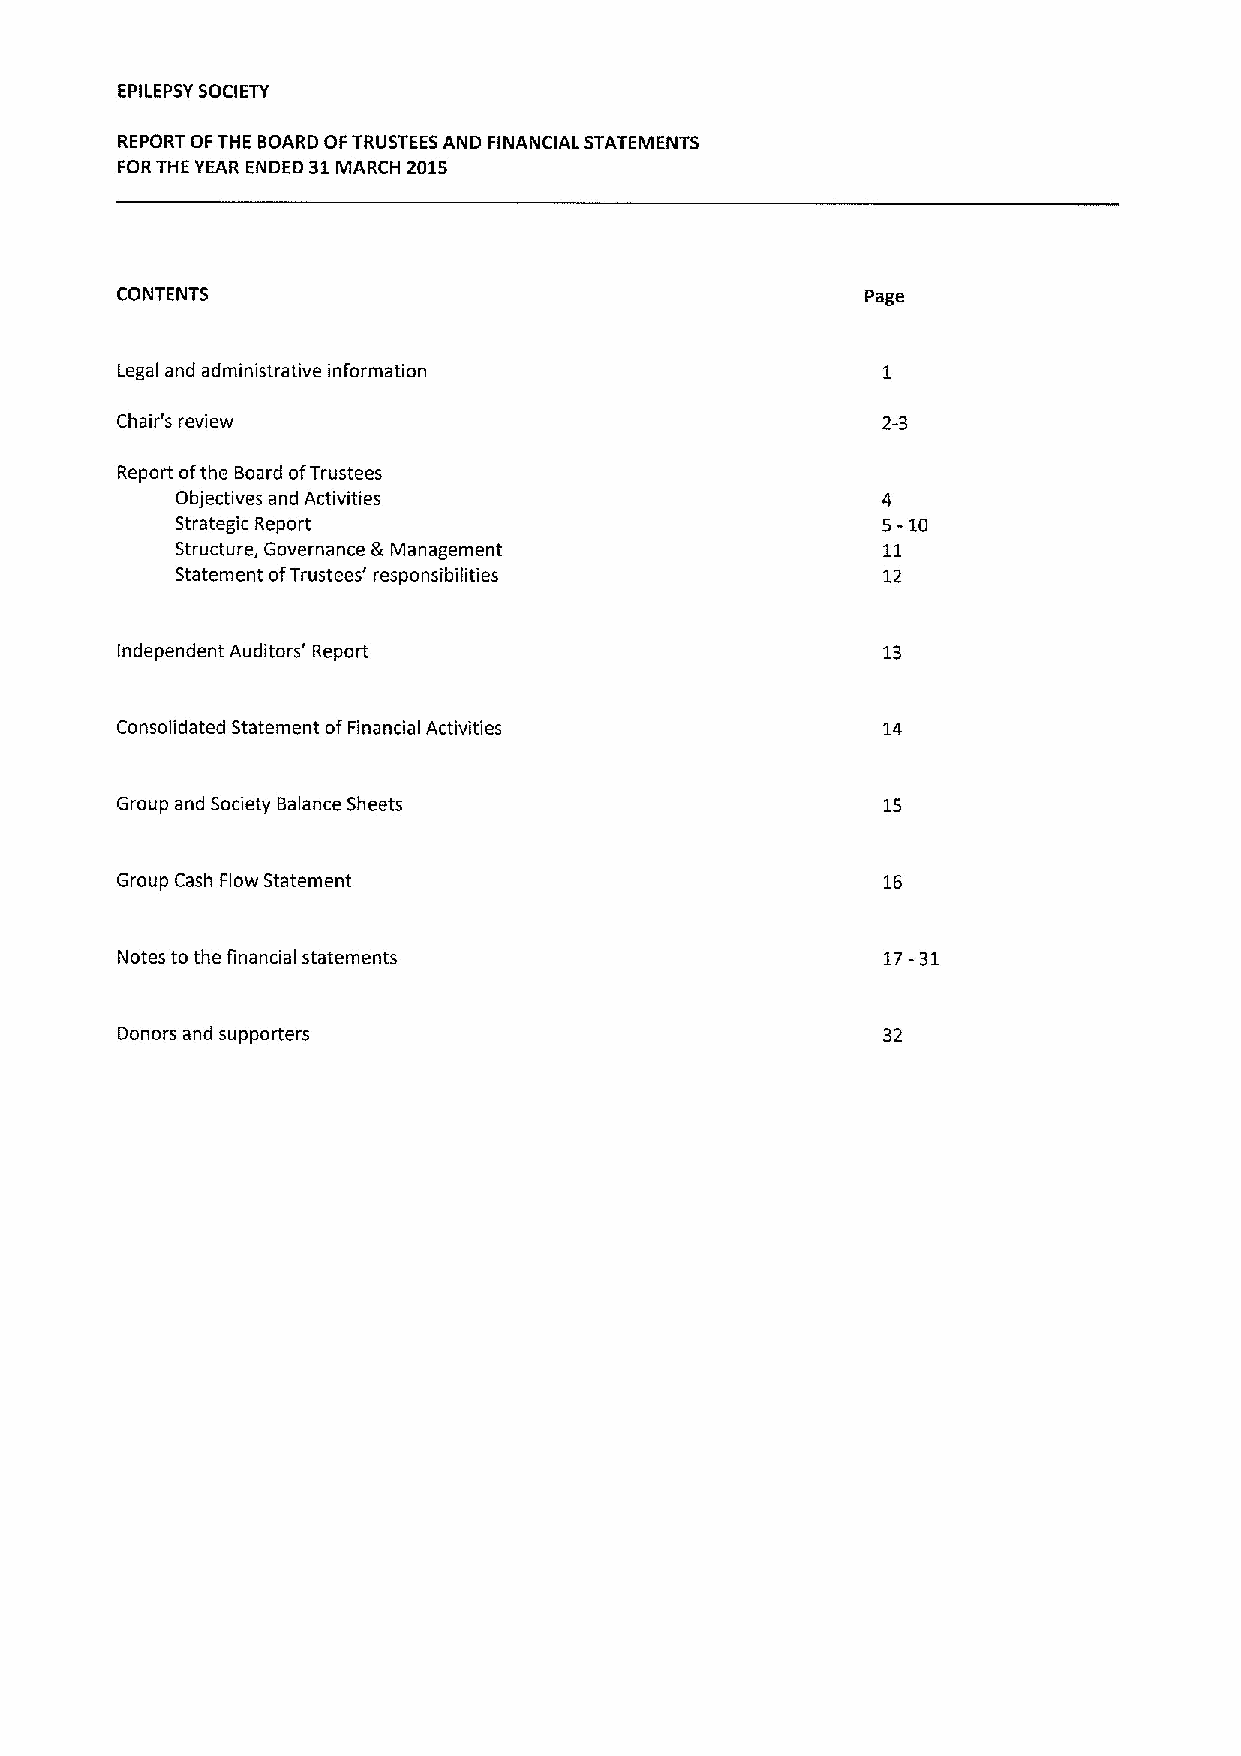
EPILEPSYSOCIETY
 REPORT OFTHE BOARD OFTRUSTEES AND FINANCIAL STATEMENTS
 FORTHE YEAR ENDED 31MARCH 2015
 CONTENTS                                         Page
 Legal and administrative information
 Chair's review                                    2-3
 Report ofthe Board ofTrustees
 Objectives and Activities                     4
 Strategic Report                              5-10
 Structure, Governance g Management            11
 Statement ofTrustees' responsibilities        12
 Independent Auditors' Report                      13
 Consolidated Statement ofFinancial Activities     14
 Group and Society Balance Sheets                  15
 Group Cash Flow Statement                         16
 Notes to the financial statements                 17-31
 Donors and supporters                             32